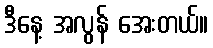
ဒီနေ့ အလွန် အေးတယ်။